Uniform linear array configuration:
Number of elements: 48
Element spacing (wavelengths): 1
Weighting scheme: binomial
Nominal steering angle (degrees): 60
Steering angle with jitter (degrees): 60.06
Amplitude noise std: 0.05
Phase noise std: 0.05

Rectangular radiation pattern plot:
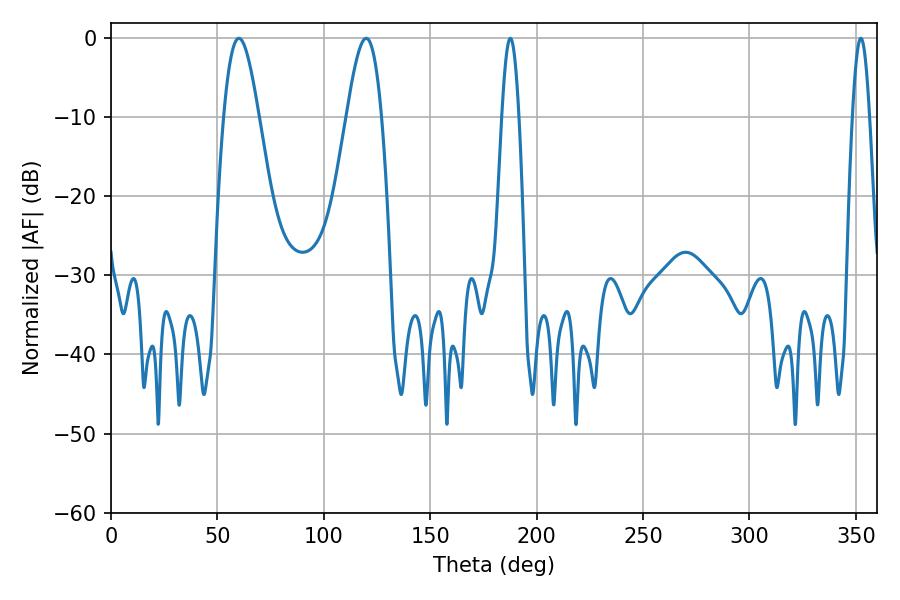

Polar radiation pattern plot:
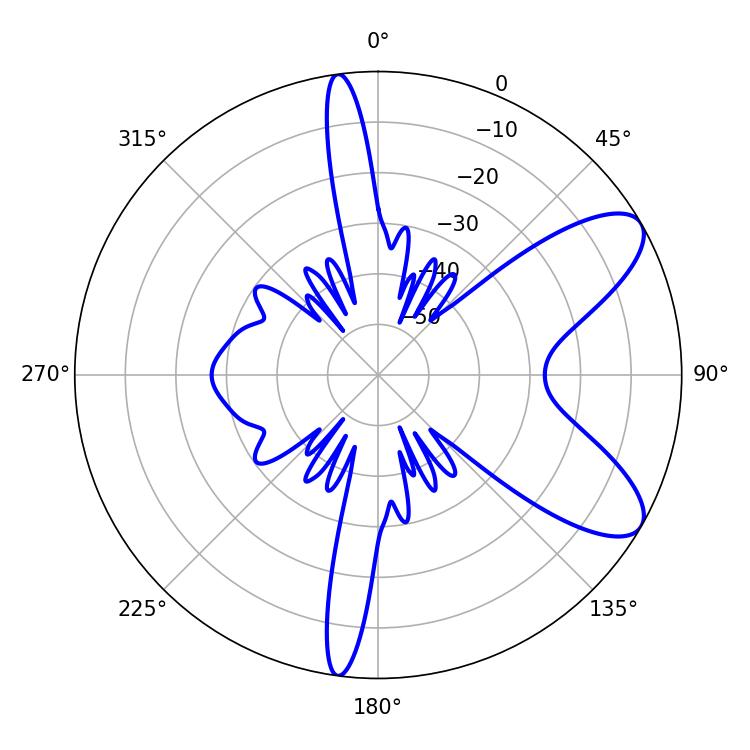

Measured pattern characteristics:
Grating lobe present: TRUE
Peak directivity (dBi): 8.633
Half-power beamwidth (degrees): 8.82
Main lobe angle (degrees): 60.12